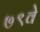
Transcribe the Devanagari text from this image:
७९वे